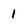
Character: 1